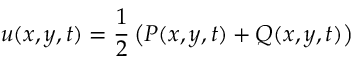
u ( x , y , t ) = \frac { 1 } { 2 } \left( P ( x , y , t ) + Q ( x , y , t ) \right)